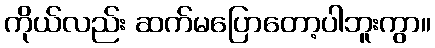
ကိုယ်လည်း ဆက်မပြောတော့ပါဘူးကွာ။